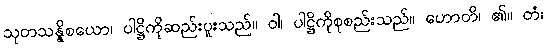
သုတသန္နိစယော၊ ပါဋ္ဌိကိုဆည်းပူးသည်။ ဝါ၊ ပါဋ္ဌိကိုစုစည်းသည်။ ဟောတိ၊ ၏။ တံ၊